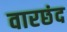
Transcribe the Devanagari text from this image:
वारछंद